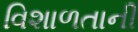
વિશાળતાની